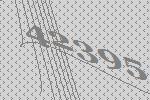
42395